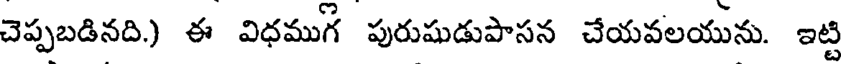
చెప్పబడినది.) ఈ విధముగ పురుషుడుపాసన చేయవలయును. ఇట్టి